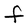
Character: F